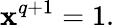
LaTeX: \mathbf{x}^{q+1}=1.